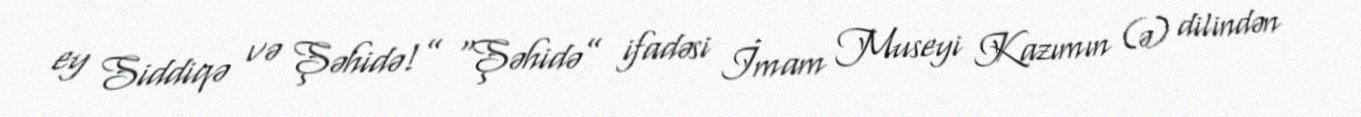
ey Siddiqə və Şəhidə!” “Şəhidə” ifadəsi İmam Museyi Kazımın (ə) dilindən